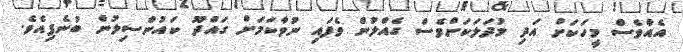
އެއްވެސް މީހަކަށް އަދި މުދަލަކަށްވެސް ގެއްލުން ވެފައި ނުވާކަމަށް ގައްދޫ ކައުންސިލުން ބުނެފިއެވެ.